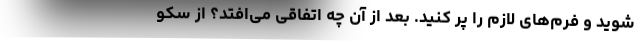
شوید و فرم‌های لازم را پر کنید. بعد از آن چه اتفاقی می‌افتد؟ از سکو